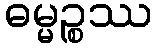
ဓမ္မဉ္စဿ